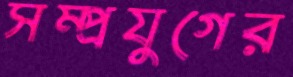
সম্প্রযুগের